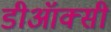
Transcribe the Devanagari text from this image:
डीऑक्सी